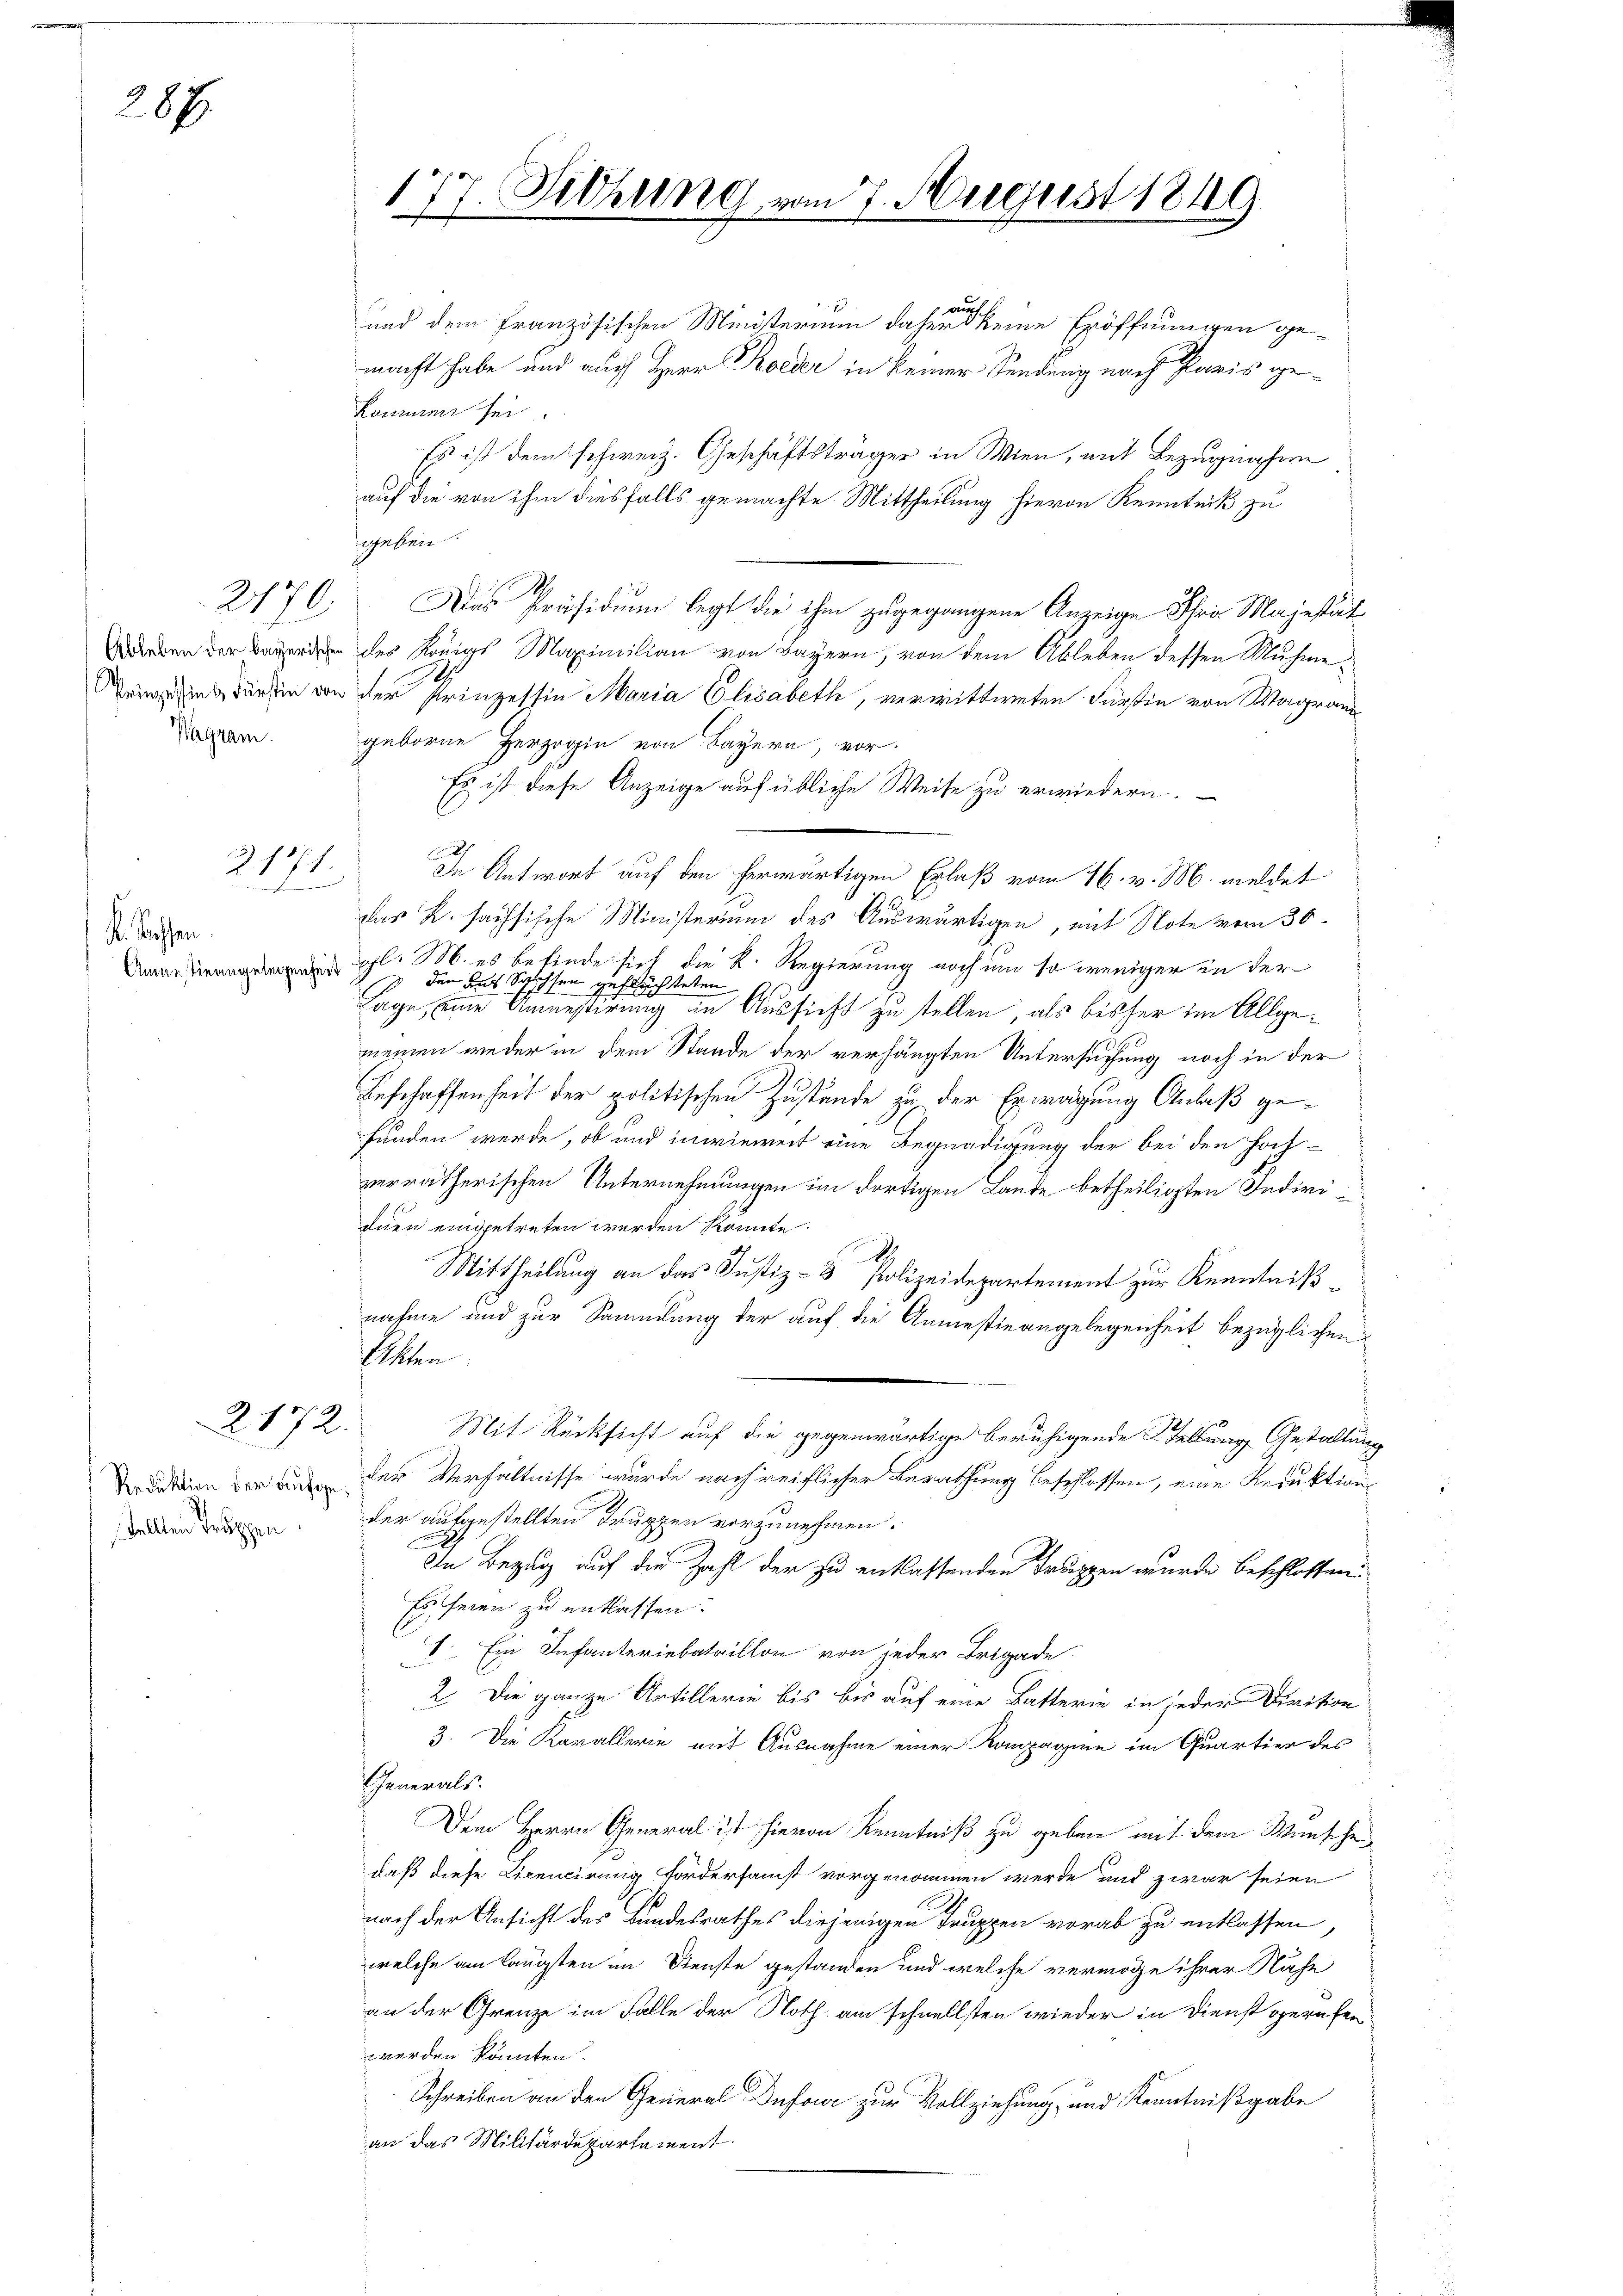
28x

Wagram.

K. Stoffen.

R.1371.

R. 172.

tellten Truppen

au
und dem Französischen Ministerium daher keine Eröffnungen ge-
macht habe und auch Herr Koeder in keiner Sendung nach Paris gekommen sei.
Es ist dem schweiz. Geschäftsträger in Wien, mit Bezugnahen
egeben.
270. Das Präsidium legt die ihm zugegangene Anzeige Ihre Majestät
Werden der Beerden des Königs Maximilian von Bayern, von dem Ableben dessen Muhme¬
Trigstens dürfen von der Prinzessin Maria Elisabeth, verwittweten Fürstin von Wagrandgeborne Herzogin von Bayern, vor-
Es ist diese Anzeige auf übliche Weise zu erwiedern.
In Antwort auf den herwärtigen Erlaß vom 16. v. M. meldet
das K. sachsische Ministerium des Auswärtigen, mit Note vom 30.
 gl. M. es befinde sich die K. Regierung noch um so weniger in der
s den aus Schlossen geflüchteten,
Lage, eine Anmestirung im Aussicht zu stellen, als bisher im Allgemeinen weder in dem Stande der verhängten Untersuchung noch in der
Beschaffenheit der politischen Zustände zu der Erwägung Anlaß gefunden werde, ob und inwieweit eine Begnadigung der bei den Hochverrätherischen Unternehmungen im dortigen Lande betheiligten Individuen eingetreten werden könnte.
d
Mittheilung an das Justiz- & Polizeidepartement zur Kenntnißnahme und zur Sammlung der auf die Anmestieangelegenheit bezüglichen
Eschen
Mit Rücksicht auf die gegenwärtige beruhigende Stellung Gestaltung
dation der an der Verhältnisse wurde nach reiflicher Berathung beschlossen, eine Reduktionsder aufgestellten Truppen vorzunehmen.
In Bezug auf die Zahl der zu entlassenden Truppen wurde beschlossen:
Es seien zu entlassen.
1. Ein Infanteriebataillon von jeder Brigade.
2. Die ganze Artillerie bis bis auf eine Batterie in jeder Dirition
3. Die Karallerie mit Ausnahme einer Kompagnie im Quartier des
Generals.
Dem Herrn General ist hievon Kenntniß zu geben mit dem Wunschen
daß diese Licencirung fordersamst vorgenommen werde und zwar seien
nach der Ansicht des Bundesrathes diejenigen Truppen vorab zu entlassen,
welche am längsten im Dienste gestanden und welche vermöge ihrer Nähe
an der Grenze im Falle der Noth am schnellsten wieder in Dienst gerufen
werden könnten.
Schreiben an den General-Dufowe zur Vollziehung, und Kenntnißgabe
an das Militärdepartement.

177. Sitzung

auf die von ihm diesfalls gemachte Mittheilung hievon Kenntnik zu

am 7. August 1849